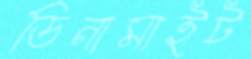
ডিনামাইট